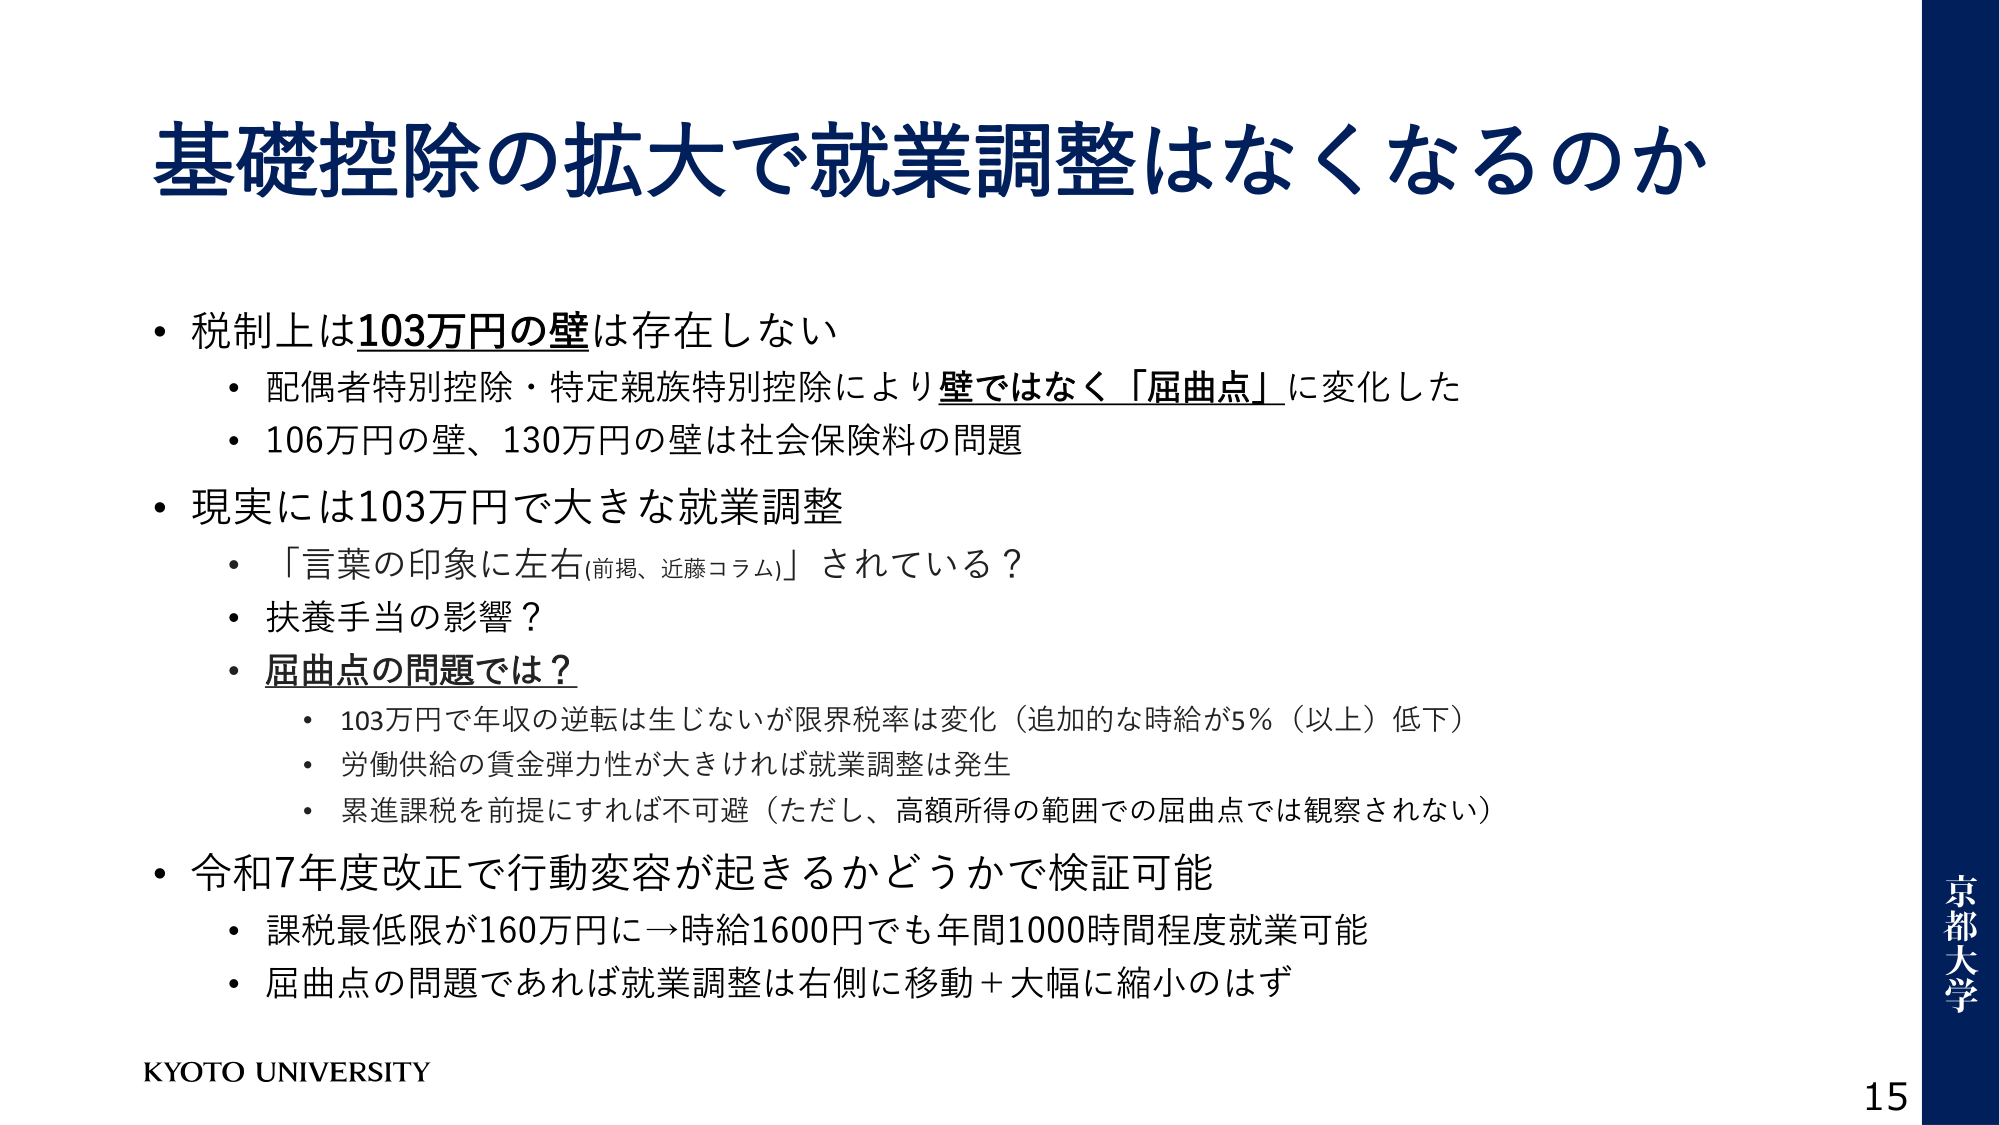
基礎控除の拡大で就業調整はなくなるのか

・税制上は103万円の壁は存在しない
　・配偶者特別控除・特定親族特別控除により壁ではなく「屈曲点」に変化した
　・106万円の壁、130万円の壁は社会保険料の問題

・現実には103万円で大きな就業調整
　・「言葉の印象に左右(前掲、近藤コラム)」されている？
　・扶養手当の影響？
　・屈曲点の問題では？
　　・103万円で年収の逆転は生じないが限界税率は変化（追加的な時給が5％（以上）低下）
　　・労働供給の賃金弾力性が大きければ就業調整は発生
　　・累進課税を前提にすれば不可避（ただし、高額所得の範囲での屈曲点では観察されない）

・令和7年度改正で行動変容が起きるかどうかで検証可能
　・課税最低限が160万円に→時給1600円でも年間1000時間程度就業可能
　・屈曲点の問題であれば就業調整は右側に移動＋大幅に縮小のはず

KYOTO UNIVERSITY
京都大学
15